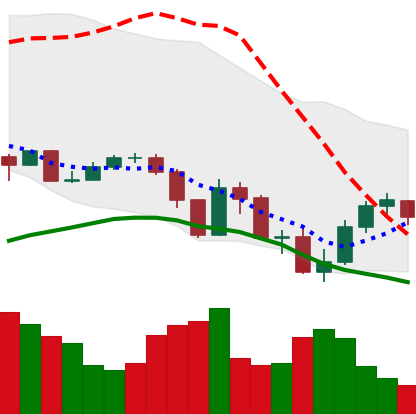
Ticker: XLM-USD
Chart end date: 2019-07-21
Forward return: -3.549%
Label: down_3_5